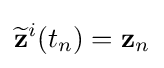
{\widetilde {\mathbf {z} }}^{i}(t_{n})=\mathbf {z} _{n}